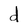
Character: d